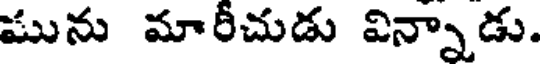
మును మారీచుడు విన్నాడు.